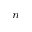
_ n